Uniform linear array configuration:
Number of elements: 24
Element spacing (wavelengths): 0.25
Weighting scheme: uniform
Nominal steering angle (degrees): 30
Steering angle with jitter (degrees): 31.052
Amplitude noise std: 0.05
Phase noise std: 0.05

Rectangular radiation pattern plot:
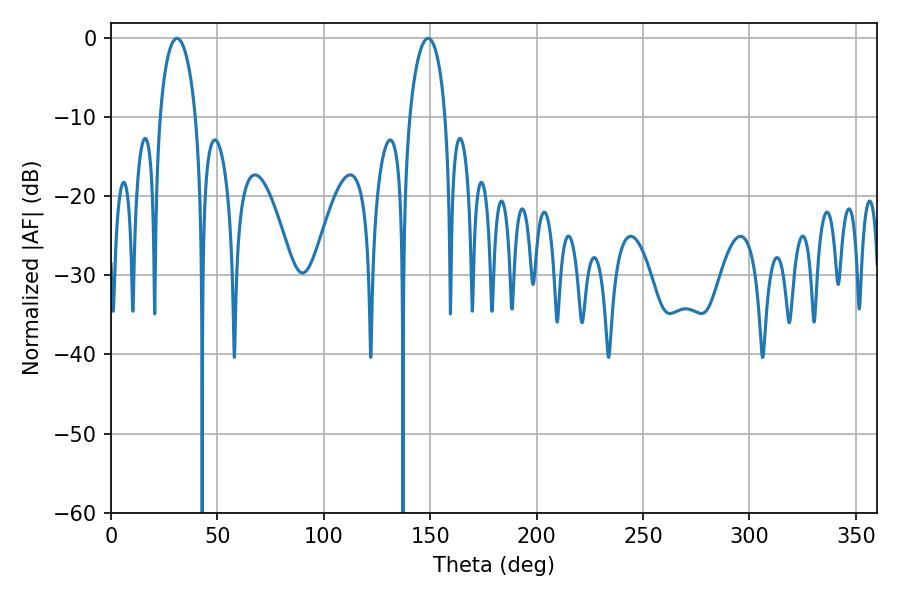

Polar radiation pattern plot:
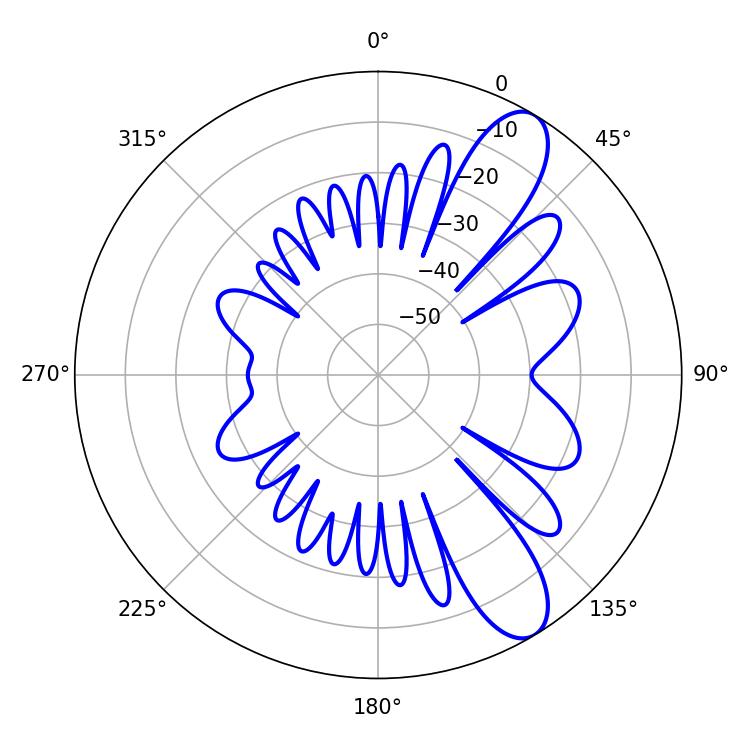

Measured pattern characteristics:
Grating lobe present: FALSE
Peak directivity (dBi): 10.003
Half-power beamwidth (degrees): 9.72
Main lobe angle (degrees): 30.96